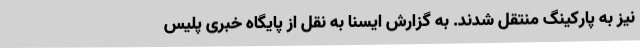
نیز به پارکینگ منتقل شدند. به گزارش ایسنا به نقل از پایگاه خبری پلیس